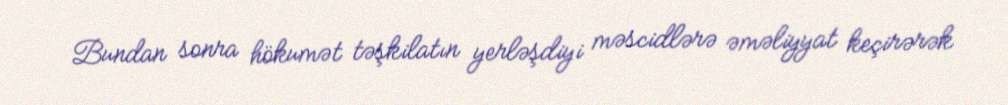
Bundan sonra hökumət təşkilatın yerləşdiyi məscidlərə əməliyyat keçirərək